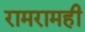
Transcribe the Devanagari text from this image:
रामरामही